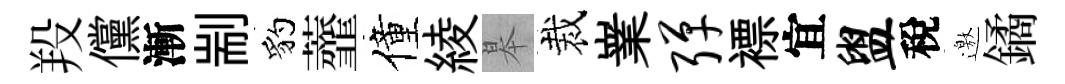
羖儻漸剬豹虀僮綾皋裁嶪弹褾宜盥稅邀鐍